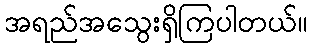
အရည်အသွေးရှိကြပါတယ်။